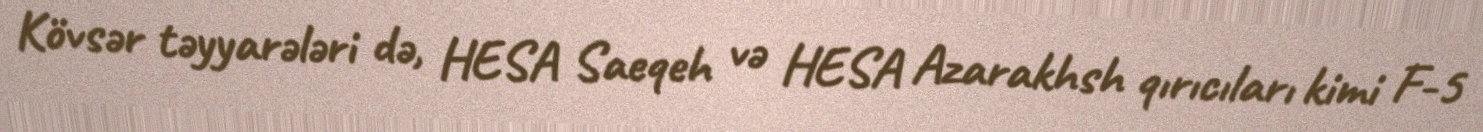
Kövsər təyyarələri də, HESA Saeqeh və HESA Azarakhsh qırıcıları kimi F-5